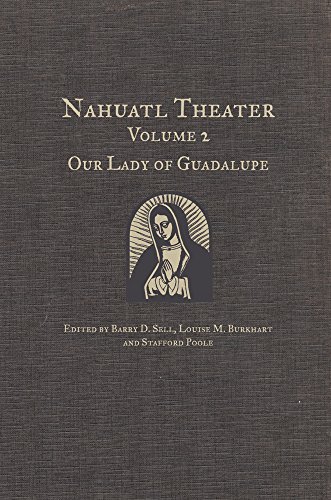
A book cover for Nahuatl Theater: Our Lady of Guadalupe; Literature & Fiction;